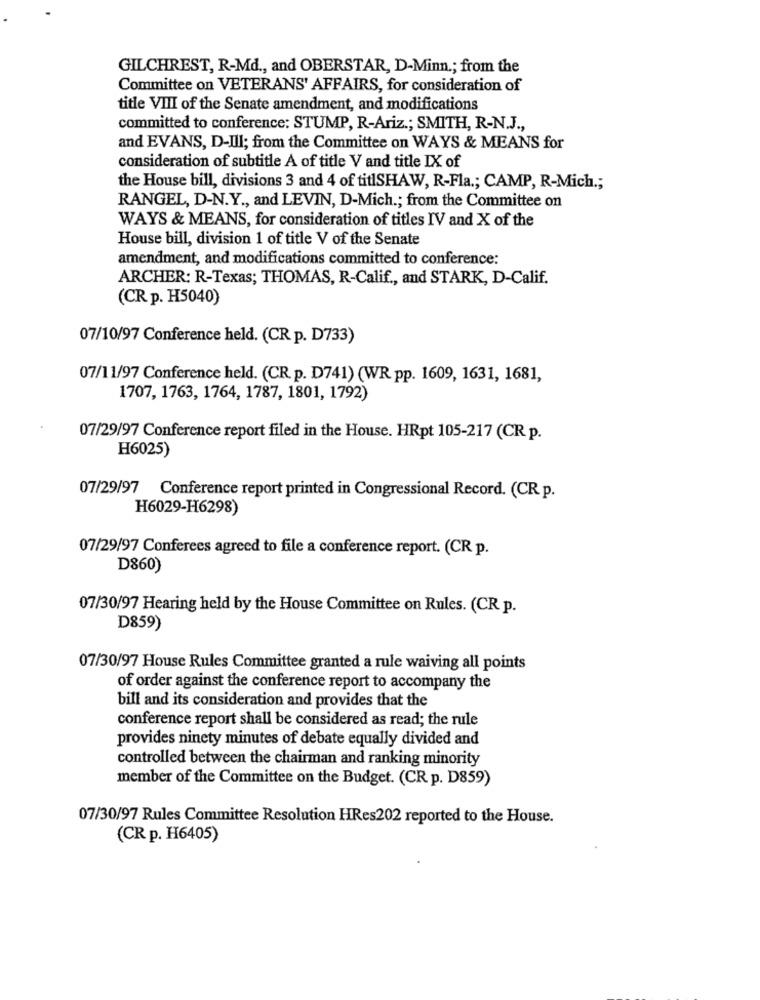
GILCHREST, R-Md ., and OBERSTAR, D-Minn .; from the
Committee on VETERANS' AFFAIRS, for consideration of
title VIII of the Senate amendment, and modifications
committed to conference: STUMP, R-Ariz .; SMITH, R-N.J .,
and EVANS, D-Ill; from the Committee on WAYS & MEANS for
consideration of subtitle A of title V and title IX of
the House bill, divisions 3 and 4 of titlSHAW, R-Fla .; CAMP, R-Mich .;
RANGEL, D-N.Y ., and LEVIN, D-Mich .; from the Committee on
WAYS & MEANS, for consideration of titles IV and X of the
House bill, division 1 of title V of the Senate
amendment, and modifications committed to conference:
ARCHER: R-Texas; THOMAS, R-Calif ., and STARK, D-Calif.
(CR p. H5040)
07/10/97 Conference held. (CR p. D733)
07/11/97 Conference held. (CR p. D741) (WR pp. 1609, 1631, 1681,
1707, 1763, 1764, 1787, 1801, 1792)
07/29/97 Conference report filed in the House. HRpt 105-217 (CR p.
H6025)
07/29/97 Conference report printed in Congressional Record. (CR p.
H6029-H6298)
07/29/97 Conferees agreed to file a conference report. (CR p.
D860)
07/30/97 Hearing held by the House Committee on Rules. (CR p.
D859)
07/30/97 House Rules Committee granted a rule waiving all points
of order against the conference report to accompany the
bill and its consideration and provides that the
conference report shall be considered as read; the rule
provides ninety minutes of debate equally divided and
controlled between the chairman and ranking minority
member of the Committee on the Budget. (CR p. D859)
07/30/97 Rules Committee Resolution HRes202 reported to the House.
(CR p. H6405)